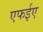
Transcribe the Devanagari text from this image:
एफईए